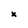
Character: x